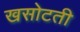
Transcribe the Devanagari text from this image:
खसोटती